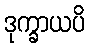
ဒုက္ခာယပိ